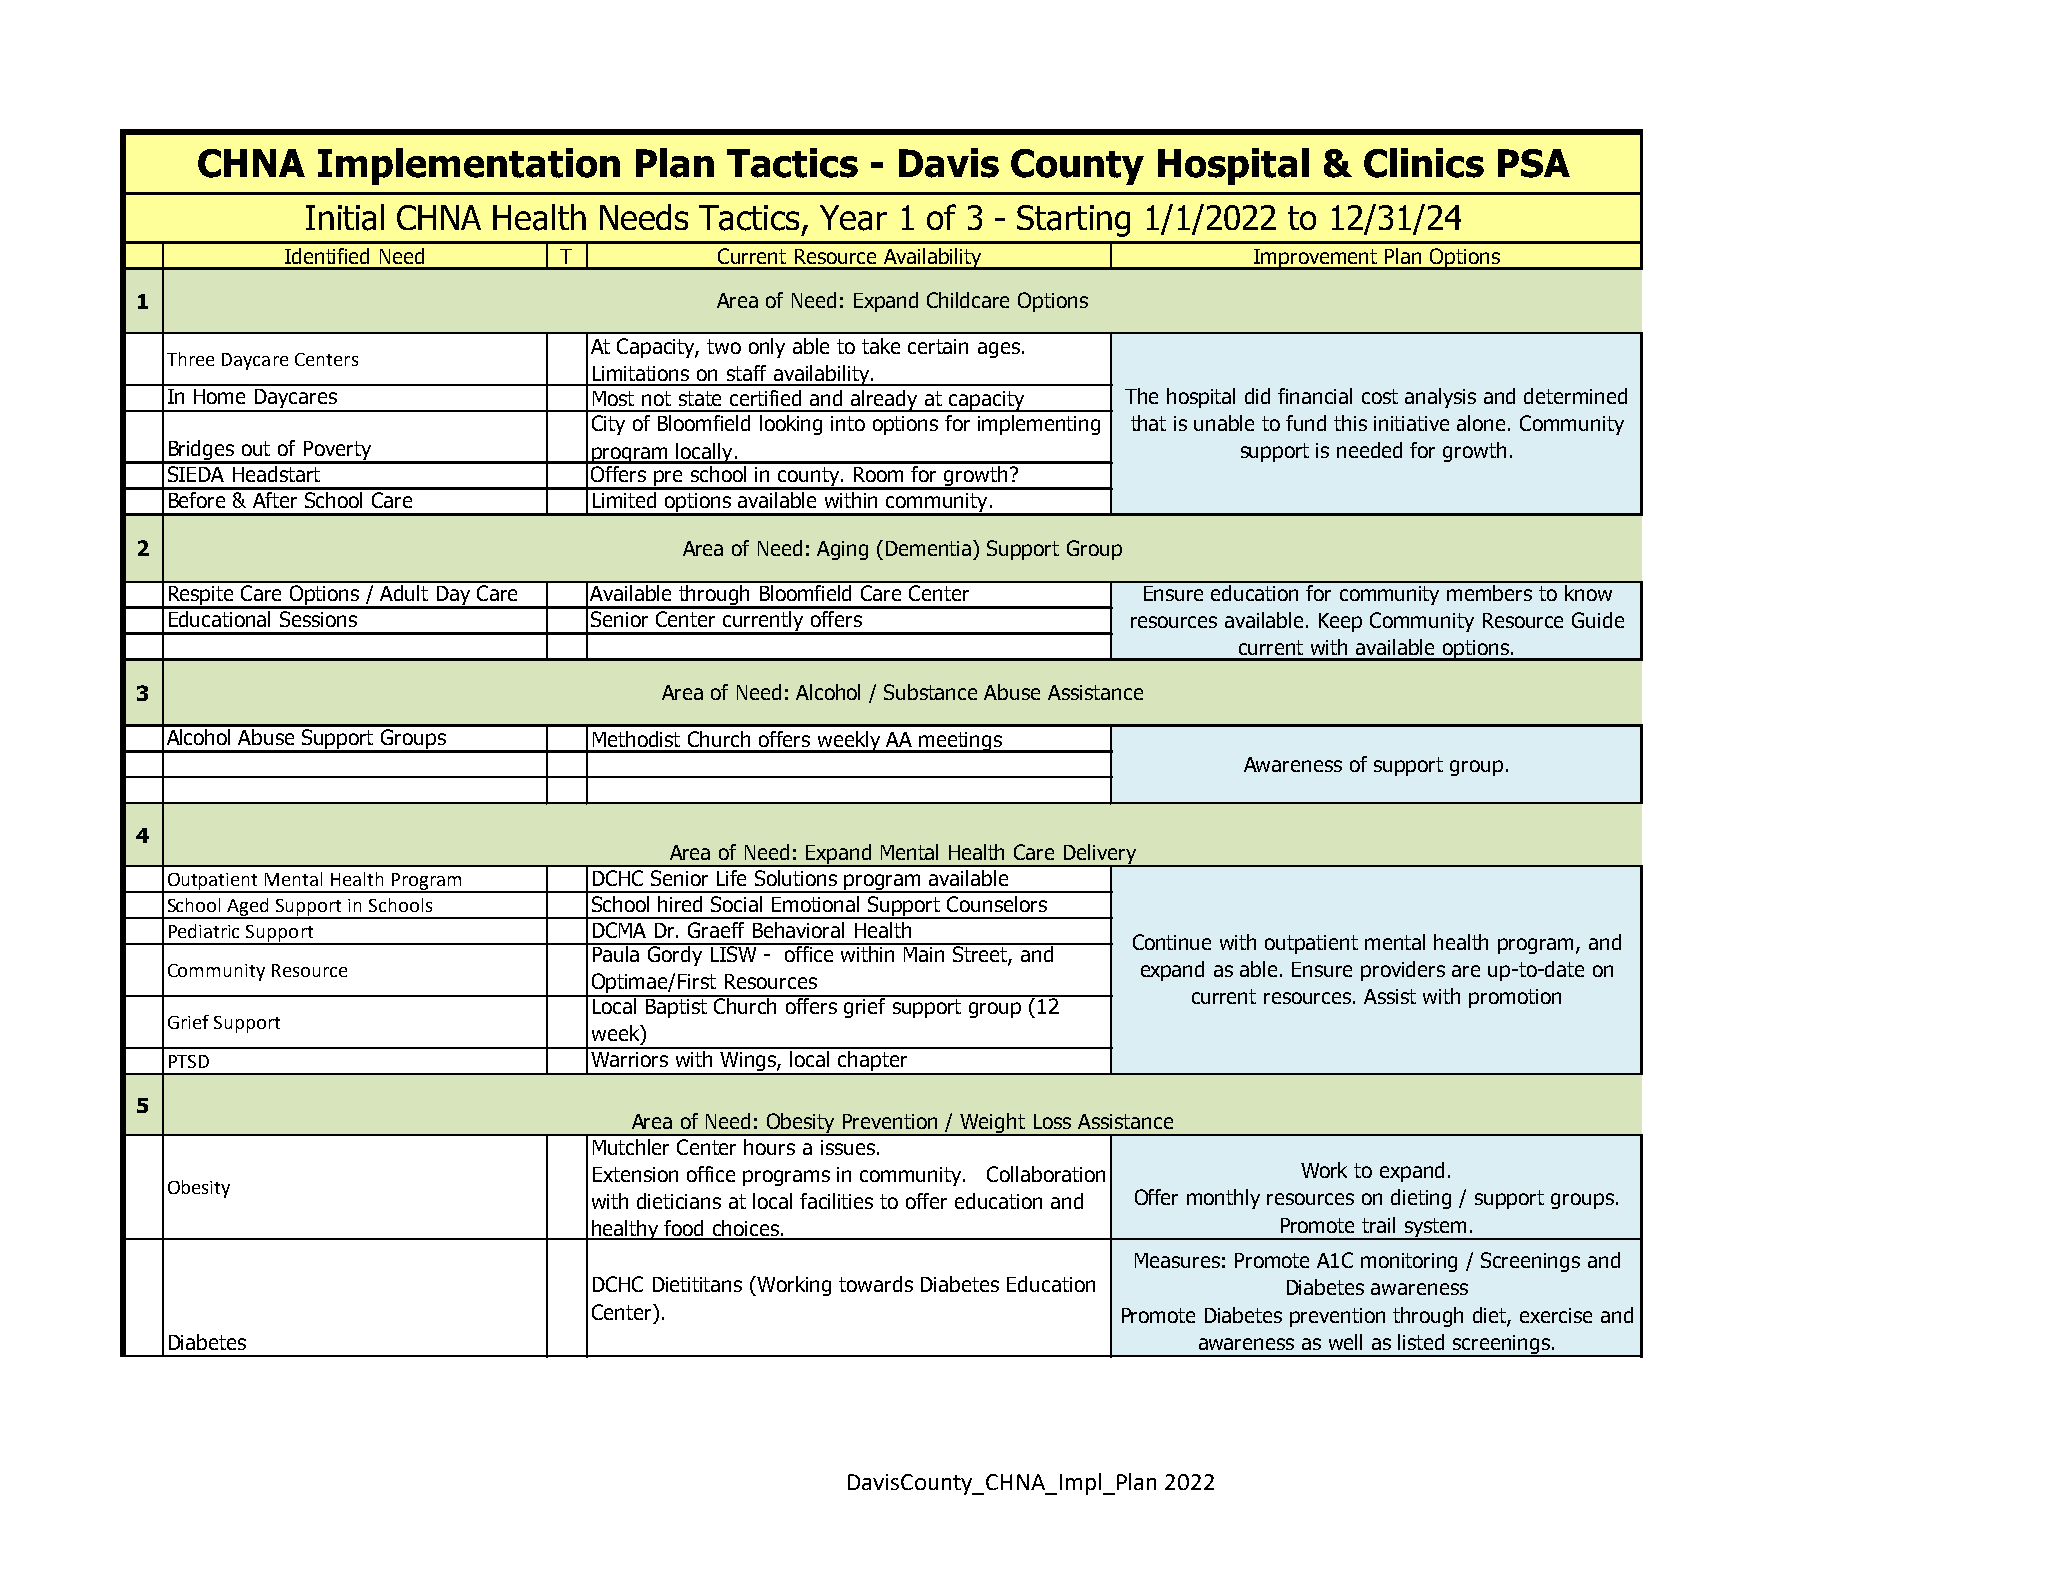
CHNA    Implementation       Plan  Tactics   - Davis  County   Hospital    & Clinics  PSA
 Initial CHNA Health Needs Tactics, Year 1 of 3 - Starting 1/1/2022 to 12/31/24
 Identified Need   T          Current Resource Availability      Improvement Plan Options
 1                                     Area of Need: Expand Childcare Options
 At Capacity, two only able to take certain ages.
 Three Daycare Centers
 Limitations on staff availability.
 In Home Daycares            Most not state certified and already at capacity The hospital did financial cost analysis and determined
 City of Bloomfield looking into options for implementing that is unable to fund this initiative alone. Community
 Bridges out of Poverty      program locally.                           support is needed for growth.
 SIEDA Headstart             Offers pre school in county. Room for growth?
 Before & After School Care  Limited options available within community.
 2                                   Area of Need: Aging (Dementia) Support Group
 Respite Care Options / Adult Day Care Available through Bloomfield Care Center Ensure education for community members to know
 Educational Sessions        Senior Center currently offers      resources available. Keep Community Resource Guide
 current with available options.
 3                                  Area of Need: Alcohol / Substance Abuse Assistance
 Alcohol Abuse Support Groups Methodist Church offers weekly AA meetings
 Awareness of support group.
 4
 Area of Need: Expand Mental Health Care Delivery
 Outpatient Mental Health Program DCHC Senior Life Solutions program available
 School Aged Support in Schools School hired Social Emotional Support Counselors
 Pediatric Support           DCMA Dr. Graeff Behavioral Health
 Continue with outpatient mental health program, and
 Paula Gordy LISW - office within Main Street, and
 Community Resource                                              expand as able. Ensure providers are up-to-date on
 Optimae/First Resources
 current resources. Assist with promotion
 Local Baptist Church offers grief support group (12
 Grief Support
 week)
 PTSD                        Warriors with Wings, local chapter
 5
 Area of Need: Obesity Prevention / Weight Loss Assistance
 Mutchler Center hours a issues.
 Extension office programs in community. Collaboration Work to expand.
 Obesity
 with dieticians at local facilities to offer education and Offer monthly resources on dieting / support groups.
 healthy food choices.                         Promote trail system.
 Measures: Promote A1C monitoring / Screenings and
 DCHC Dietititans (Working towards Diabetes Education Diabetes awareness
 Center).                           Promote Diabetes prevention through diet, exercise and
 Diabetes                                                            awareness as well as listed screenings.
 DavisCounty_CHNA_Impl_Plan 2022